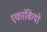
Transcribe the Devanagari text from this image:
एकांकियो